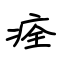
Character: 痊